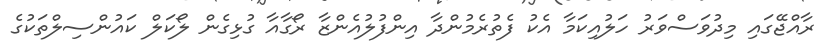
ރާއްޖޭގައި މިދުވަސްވަރު ހަލުއިކަމާ އެކު ފެތުރެމުންދާ އިންފުލުއެންޒާ ރޯގާއާ ގުޅިގެން ލޯކަލް ކައުންސިލްތަކުގެ